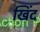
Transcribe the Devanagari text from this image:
खिंद